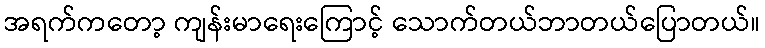
အရက်ကတော့ ကျန်းမာရေးကြောင့် သောက်တယ်ဘာတယ်ပြောတယ်။